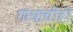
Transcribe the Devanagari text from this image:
गांधाचीही